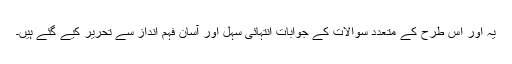
یہ اور اس طرح کے متعدد سوالات کے جوابات انتہائی سہل اور آسان فہم انداز سے تحریر کیے گئے ہیں۔